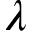
\lambda